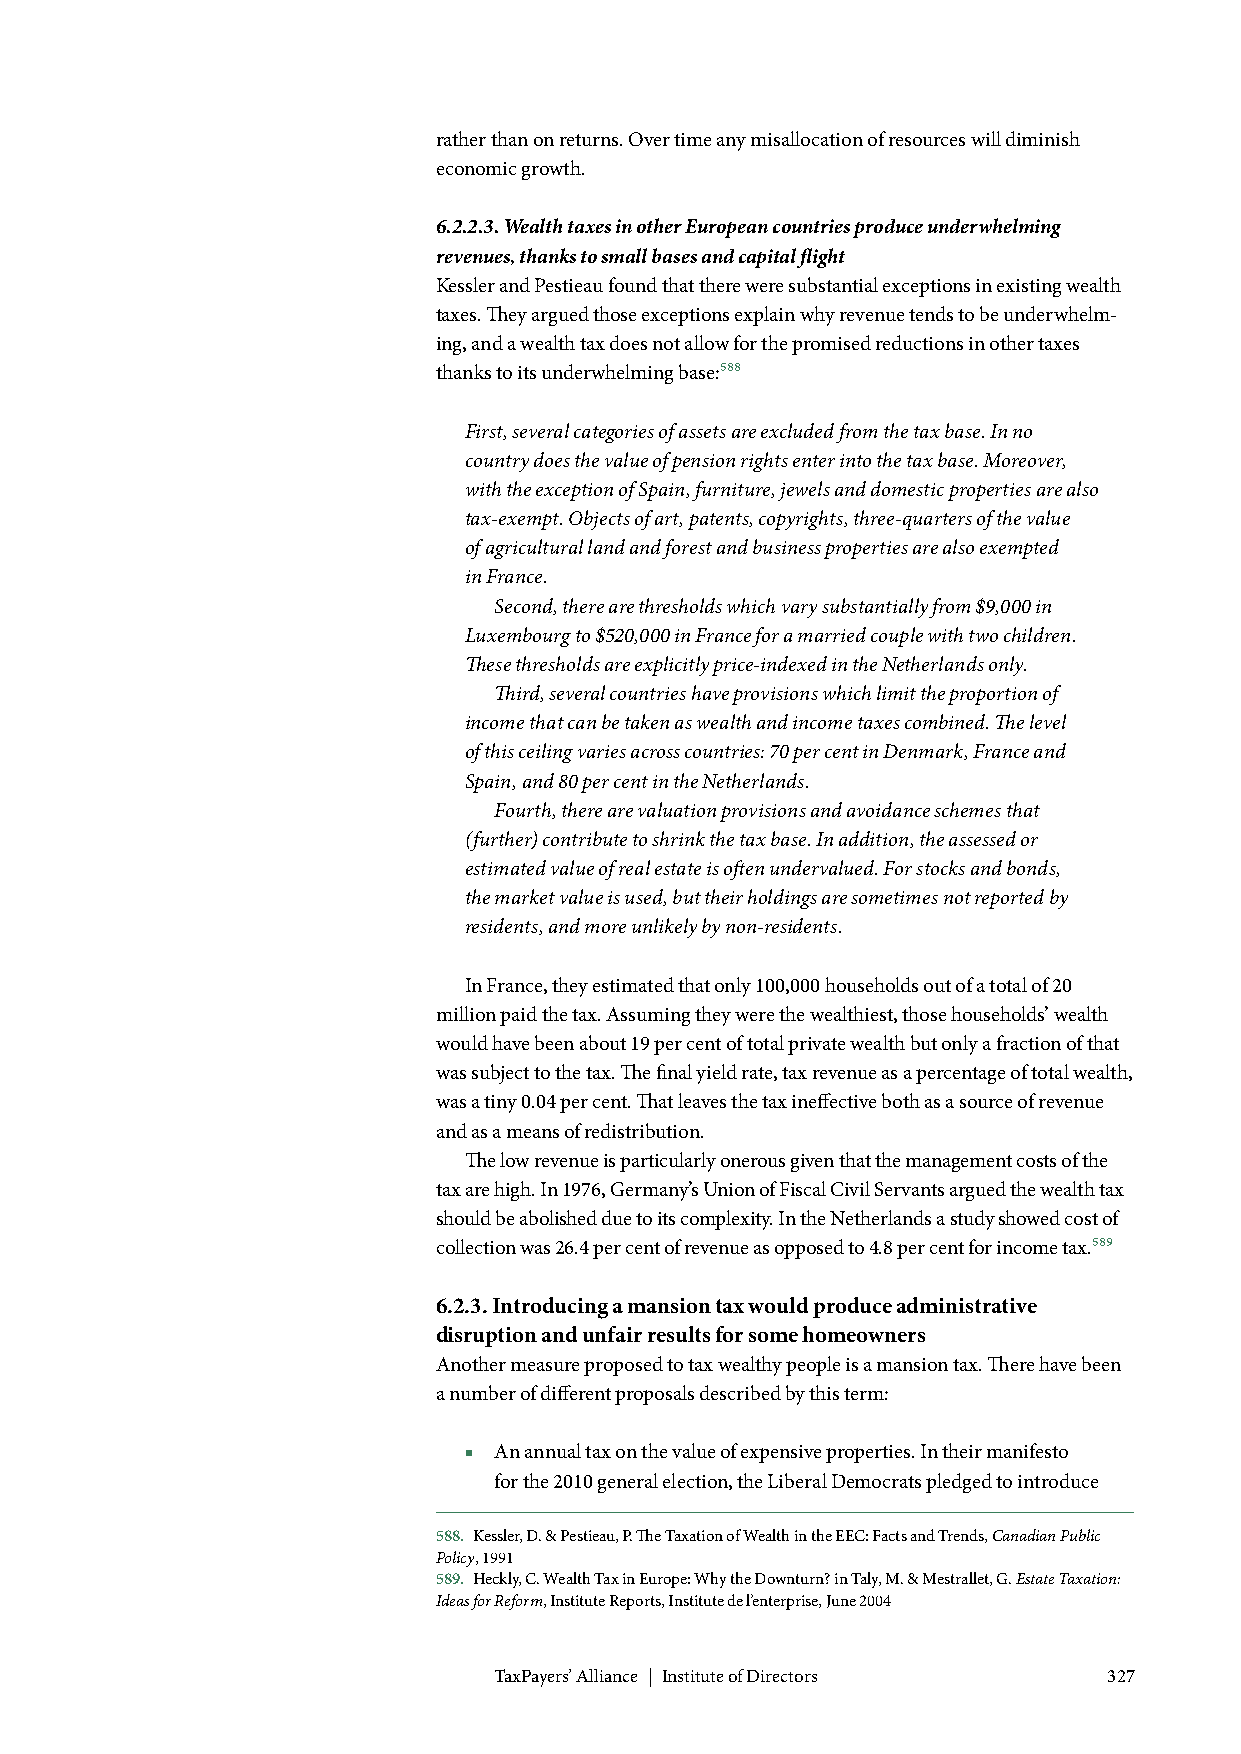
rather than on returns. Over time any misallocation of resources will diminish
 economic growth.
 6.2.2.3. Wealth taxes in other European countries produce underwhelming
 revenues, thanks to small bases and capital flight
 Kessler and Pestieau found that there were substantial exceptions in existing wealth
 taxes. They argued those exceptions explain why revenue tends to be underwhelm-
 ing, and a wealth tax does not allow for the promised reductions in other taxes
 thanks to its underwhelming base:588
 First, several categories of assets are excluded from the tax base. In no
 country does the value of pension rights enter into the tax base. Moreover,
 with the exception of Spain, furniture, jewels and domestic properties are also
 tax-exempt. Objects of art, patents, copyrights, three-quarters of the value
 of agricultural land and forest and business properties are also exempted
 in France.
 Second, there are thresholds which vary substantially from $9,000 in
 Luxembourg to $520,000 in France for a married couple with two children.
 These thresholds are explicitly price-indexed in the Netherlands only.
 Third, several countries have provisions which limit the proportion of
 income that can be taken as wealth and income taxes combined. The level
 of this ceiling varies across countries: 70 per cent in Denmark, France and
 Spain, and 80 per cent in the Netherlands.
 Fourth, there are valuation provisions and avoidance schemes that
 (further) contribute to shrink the tax base. In addition, the assessed or
 estimated value of real estate is often undervalued. For stocks and bonds,
 the market value is used, but their holdings are sometimes not reported by
 residents, and more unlikely by non-residents.
 In France, they estimated that only 100,000 households out of a total of 20
 million paid the tax. Assuming they were the wealthiest, those households’ wealth
 would have been about 19 per cent of total private wealth but only a fraction of that
 was subject to the tax. The final yield rate, tax revenue as a percentage of total wealth,
 was a tiny 0.04 per cent. That leaves the tax ineffective both as a source of revenue
 and as a means of redistribution.
 The low revenue is particularly onerous given that the management costs of the
 tax are high. In 1976, Germany’s Union of Fiscal Civil Servants argued the wealth tax
 should be abolished due to its complexity. In the Netherlands a study showed cost of
 collection was 26.4 per cent of revenue as opposed to 4.8 per cent for income tax.589
 6.2.3. Introducing a mansion tax would produce administrative
 disruption and unfair results for some homeowners
 Another measure proposed to tax wealthy people is a mansion tax. There have been
 a number of different proposals described by this term:
 ■ An annual tax on the value of expensive properties. In their manifesto
 for the 2010 general election, the Liberal Democrats pledged to introduce
 588. Kessler, D. & Pestieau, P. The Taxation of Wealth in the EEC: Facts and Trends, Canadian Public
 Policy, 1991
 589. Heckly, C. Wealth Tax in Europe: Why the Downturn? in Taly, M. & Mestrallet, G. Estate Taxation:
 Ideas for Reform, Institute Reports, Institute de l’enterprise, June 2004
 TaxPayers’ Alliance | Institute of Directors 327